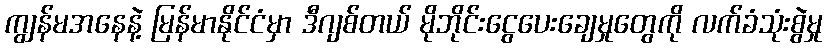
ကျွန်မအနေနဲ့ မြန်မာနိုင်ငံမှာ ဒီဂျစ်တယ် မိုဘိုင်းငွေပေးချေမှုတွေကို လက်ခံသုံးစွဲမှု